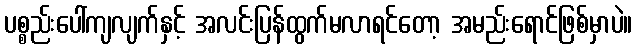
ပစ္စည်းပေါ်ကျလျက်နှင့် အလင်းပြန်ထွက်မလာရင်တော့ အမည်းရောင်ဖြစ်မှာပဲ။